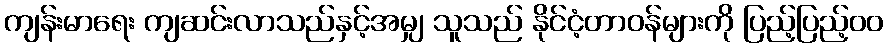
ကျန်းမာရေး ကျဆင်းလာသည်နှင့်အမျှ သူသည် နိုင်ငံ့တာဝန်များကို ပြည့်ပြည့်၀၀